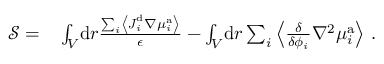
\begin{array} { r l } { \mathcal { S } = } & { { } \int _ { V } \! \mathrm { d } \boldsymbol { r } \frac { \sum _ { i } \left\langle \boldsymbol { J } _ { i } ^ { \mathrm { d } } \nabla { \mu } _ { i } ^ { \mathrm { a } } \right\rangle } { \epsilon } - \int _ { V } \! \mathrm { d } \boldsymbol { r } \sum _ { i } \left\langle \frac { \delta } { \delta { \phi _ { i } } } \nabla ^ { 2 } \mu _ { i } ^ { \mathrm { a } } \right\rangle \, . } \end{array}